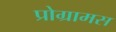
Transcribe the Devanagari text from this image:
प्रोग्रामस